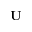
\mathbf { U }